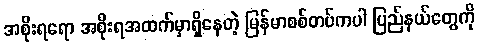
အစိုးရရော အစိုးရအထက်မှာရှိနေတဲ့ မြန်မာစစ်တပ်ကပါ ပြည်နယ်တွေကို